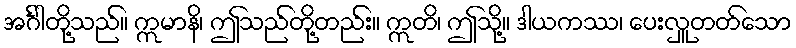
အင်္ဂါတို့သည်။ ဣမာနိ၊ ဤသည်တို့တည်း။ ဣတိ၊ ဤသို့။ ဒါယကဿ၊ ပေးလှူတတ်သော